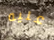
عليه